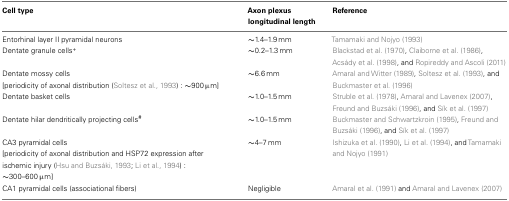
| Cell type | Axon plexuslongitudinal length | Reference |
 | --- | --- | --- |
 | Entorhinal layer II pyramidal neurons | ∼1.4–1.9 mm | Tamamaki and Nojyo (1993) |
 | Dentate granule cells+ | ∼0.2–1.3 mm | Blackstad et al. (1970), Claiborne et al. (1986), Acsády et al. (1998), and Ropireddy and Ascoli (2011) |
 | Dentate mossy cells [periodicity of axonal distribution (Soltesz et al., 1993) : ∼900 μm] | ∼6.6 mm | Amaral and Witter (1989), Soltesz et al. (1993), and Buckmaster et al. (1996) |
 | Dentate basket cells | ∼1.0–1.5 mm | Struble et al. (1978), Amaral and Lavenex (2007), Freund and Buzsáki (1996), and Sík et al. (1997) |
 | Dentate hilar dendritically projecting cells# | ∼1.0–1.5 mm | Buckmaster and Schwartzkroin (1995), Freund and Buzsáki (1996), and Sík et al. (1997) |
 | CA3 pyramidal cells [periodicity of axonal distribution and HSP72 expression after ischemic injury (Hsu and Buzsáki, 1993; Li et al., 1994) : ∼300–600 μm] | ∼4–7 mm | Ishizuka et al. (1990), Li et al. (1994), and Tamamaki and Nojyo (1991) |
 | CA1 pyramidal cells (associational fibers) | Negligible | Amaral et al. (1991) and Amaral and Lavenex (2007) |